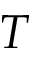
T